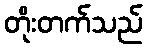
တိုးတက်သည်